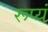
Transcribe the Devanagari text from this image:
रूप्यं